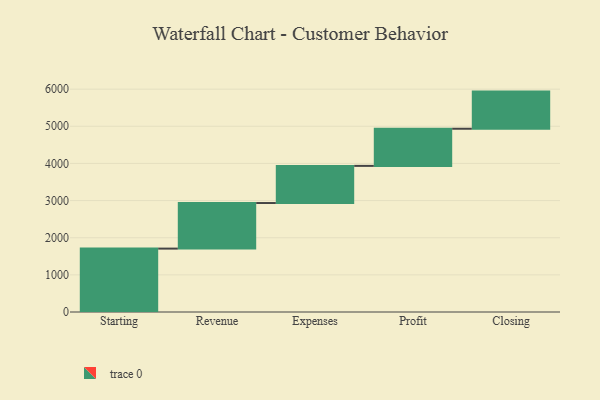
{"axis": {"x": "Step", "y": "Value"}, "legend": [""], "data": [{"x": "Starting", "y": 1707.0, "type": ""}, {"x": "Revenue", "y": 1227.0, "type": ""}, {"x": "Expenses", "y": 1000, "type": ""}, {"x": "Profit", "y": 1000, "type": ""}, {"x": "Closing", "y": 1000, "type": ""}]}